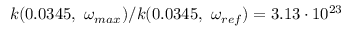
k ( 0 . 0 3 4 5 , \ \omega _ { m a x } ) / k ( 0 . 0 3 4 5 , \ \omega _ { r e f } ) = 3 . 1 3 \cdot 1 0 ^ { 2 3 }